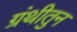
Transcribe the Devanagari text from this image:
ग्रंथीतुन